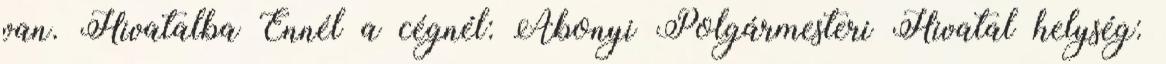
van. Hivatalba Ennél a cégnél: Abonyi Polgármesteri Hivatal helység: